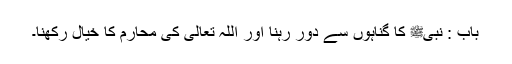
باب : نبیﷺ کا گناہوں سے دور رہنا اور اللہ تعالیٰ کی محارم کا خیال رکھنا۔